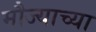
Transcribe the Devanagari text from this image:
मौज्याच्या